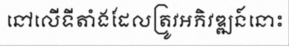
នៅលើទីតាំងដែលត្រូវអភិវឌ្ឍន៍នោះ